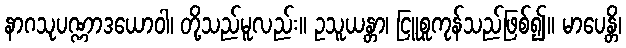
နာဂသုပဏ္ဏာဒယောဝါ၊ တို့သည်မူလည်း။ ဥသူယန္တာ၊ ငြူစူကုန်သည်ဖြစ်၍။ မာပေန္တိ၊